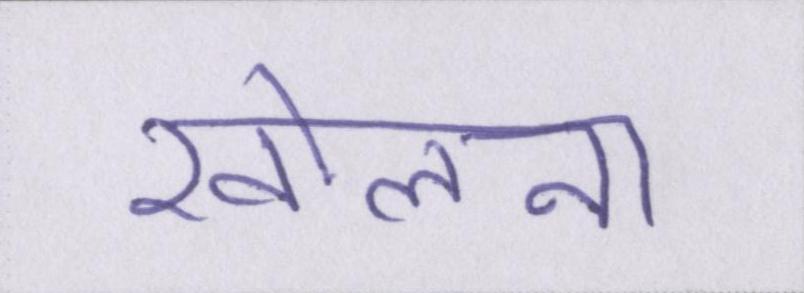
खोलना